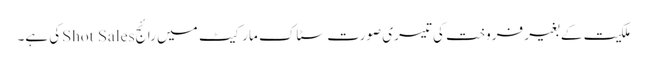
ملکیت کے بغیر فروخت کی تیسری صورت سٹاک مارکیٹ میں رائجShot Salesکی ہے۔